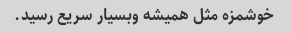
خوشمزه مثل همیشه وبسیار سریع رسید.